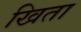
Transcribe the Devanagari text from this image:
खिता